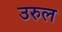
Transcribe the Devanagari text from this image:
उरुल